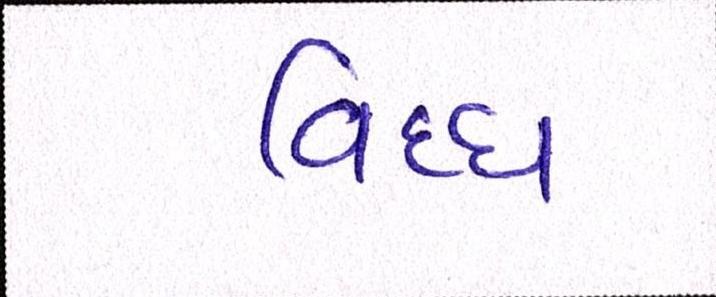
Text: વિઘ્ધ